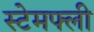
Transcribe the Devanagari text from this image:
स्टेमफ्ली